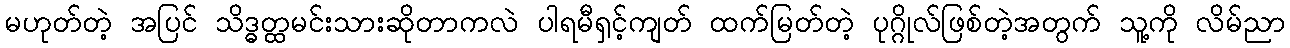
မဟုတ်တဲ့ အပြင် သိဒ္ဓတ္ထမင်းသားဆိုတာကလဲ ပါရမီရှင့်ကျတ် ထက်မြတ်တဲ့ ပုဂ္ဂိုလ်ဖြစ်တဲ့အတွက် သူ့ကို လိမ်ညာ